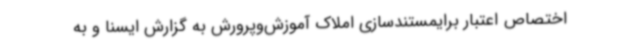
اختصاص اعتبار برایمستندسازی املاک آموزش‌وپرورش به گزارش ایسنا و به